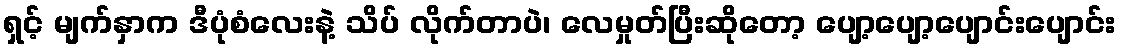
ရှင့် မျက်နှာက ဒီပုံစံလေးနဲ့ သိပ် လိုက်တာပဲ၊ လေမှုတ်ပြီးဆိုတော့ ပျော့ပျော့ပျောင်းပျောင်း